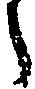
々